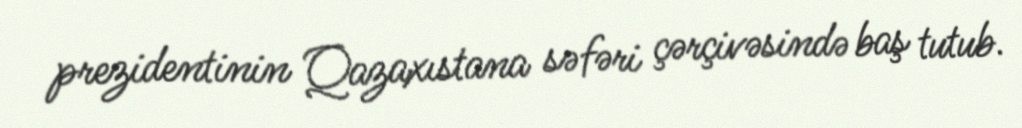
prezidentinin Qazaxıstana səfəri çərçivəsində baş tutub.